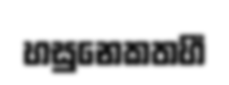
හසුනෙකතහී